Report on plague and inoculation in the Punjab from October 1st ... to September 30th..., being the ... season of plague in the province
Disease focus: Plague
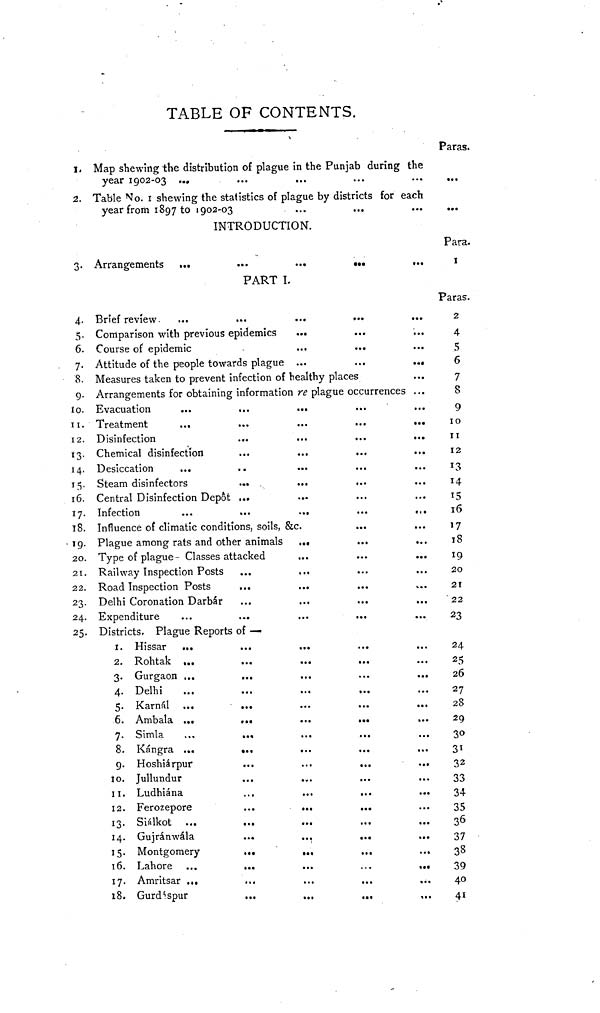
TABLE OF CONTENTS.
Paras.
1, Map shewing the distribution of plague in the Punjab during the
year 1902-03 ...
...
...
...
2. Table No. 1 shewing the statistics of plague by districts for each
year from 1897 to 1902-03
...
...
...
...
INTRODUCTION.
Para.
3.
4.
5.
6.
7.
8.
Si-
lo.
11.
12.
14.
15.
16.
17.
18.
19.
20.
21.
22.
23.
24.
25.
Arrangements
Brief review-
PART I,
...
Comparison with previous epidemics
Course of epidemic
Attitude of the people towards plague
...
...
...
• ••
...
...
...
...
Measures taken to prevent infection of healthy places
Arrangements for obtaining information re plague occurrences
Evacuation
Treatment
...
Disinfection
Chemical disinfection
Desiccation
Steam disinfectors
Central Disinfection Depot
Infection
...
...
...
...
..
...
...
...
...
...
...
...
...
...
...
• ••
Influence of climatic conditions, soils, &c.
Plague among rats and other animals
Type of plague - Classes attacked
Railway Inspection Posts
Road Inspection Posts
Delhi Coronation Darbár
Expenditure
...
...
...
...
Districts. Plague Reports of —
1. Hissar ...
2. Rohtak ...
3. Gurgaon ...
4. Delhi
5. Karnal ...
6. Ambala ...
7. Simla
8. Kángra ...
g. Hoshiárpur
10. Jullundur
11. Ludhiána
12. Ferozepore
13. Siálkot ...
14. Gujránwála
15. Montgomery
16. Lahore
17. Amritsar ...
18. Gurdáspur
...
...
...
...
...
• ••
...
...
...
...
...
...•
...
...
...
...
...
...
. ..
...
...
...
...
...
...
...
...
...
...
...
...
...
...
...
...
...
...
...
...
...
...
...
...
...
...
...
...
...
...
...
....
...
...
...
...
...
...
.
..
...
...
...
...
...
...
...
...
...
...
...
...
...
...
.
.
.
...
...
...
.• •
...
...
...
...
...
...
...
»••
...
...
...
...
...
...
• . .
...
...
...
...
...
...
,,,
...
...
...
...
...
...
..
...
...
...
...
...
...
...
...
...
...
I
Paras.
2
4
S
6
7
8
9
10
11
12
13
14
15
16
17
18
20
21
22
23
24
25
26
27
28
29
30
31
32
33
34
35
36
37
33
39
40